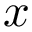
x